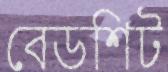
বেডশিট